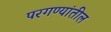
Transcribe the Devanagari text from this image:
परगण्यांतील